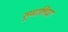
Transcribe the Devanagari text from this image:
सूमालिया